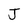
Character: J